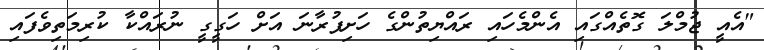
"އެއީ ޖުމްލަ ގޮތެއްގައި އެންމެހައި ރައްޔިތުންގެ ހަށިފުރާނަ އަށް ހަގީގީ ނުރައްކާ ކުރިމަތިވެފައި